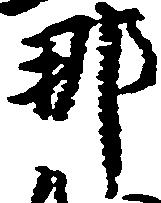
那